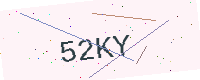
Text: 52KY